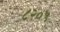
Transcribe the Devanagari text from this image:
८२०५